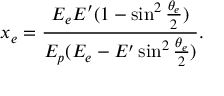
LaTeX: x _ { e } = { \frac { E _ { e } E ^ { \prime } ( 1 - \sin ^ { 2 } { \frac { \theta _ { e } } { 2 } } ) } { E _ { p } ( E _ { e } - E ^ { \prime } \sin ^ { 2 } { \frac { \theta _ { e } } { 2 } } ) } } .